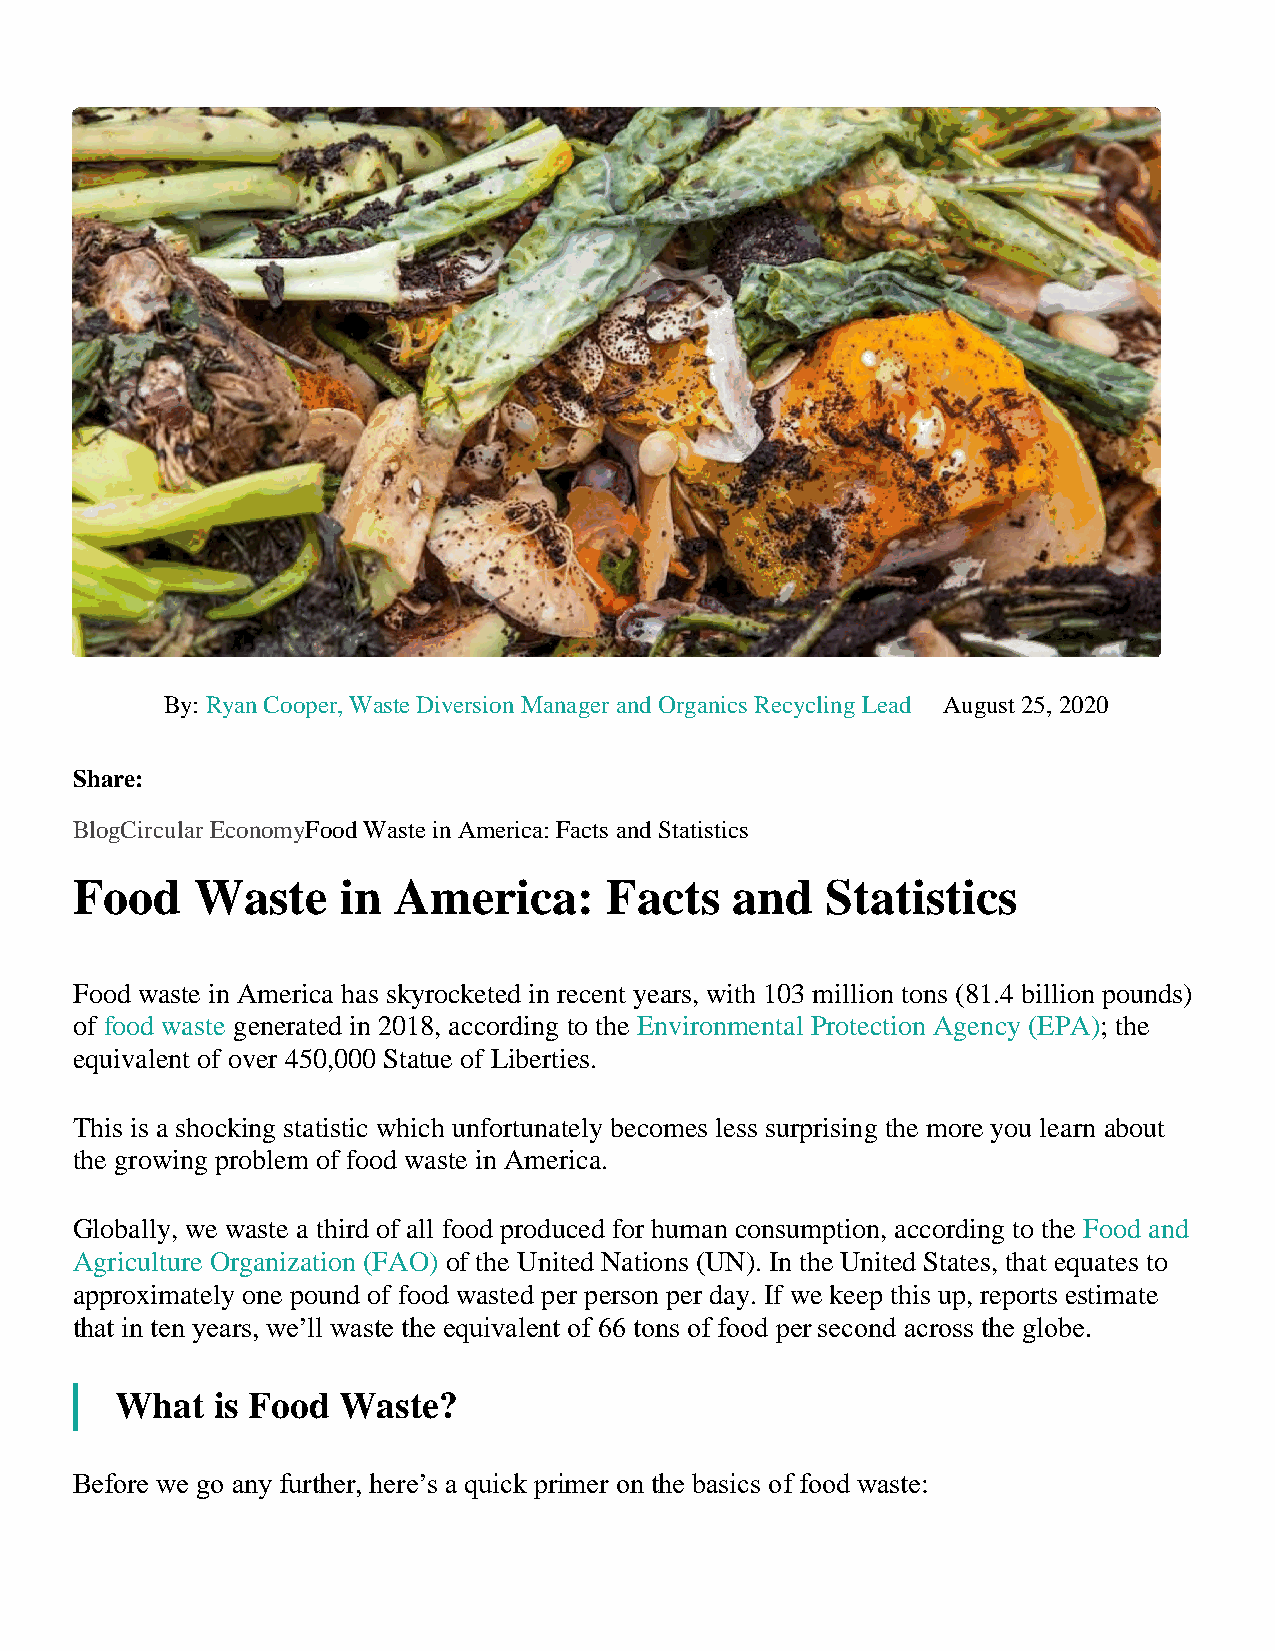
By: Ryan Cooper, Waste Diversion Manager and Organics Recycling Lead August 25, 2020
 Share:
 BlogCircular EconomyFood Waste in America: Facts and Statistics
 Food    Waste    in  America:      Facts    and   Statistics
 Food waste in America has skyrocketed in recent years, with 103 million tons (81.4 billion pounds)
 of food waste generated in 2018, according to the Environmental Protection Agency (EPA); the
 equivalent of over 450,000 Statue of Liberties.
 This is a shocking statistic which unfortunately becomes less surprising the more you learn about
 the growing problem of food waste in America.
 Globally, we waste a third of all food produced for human consumption, according to the Food and
 Agriculture Organization (FAO) of the United Nations (UN). In the United States, that equates to
 approximately one pound of food wasted per person per day. If we keep this up, reports estimate
 that in ten years, we’ll waste the equivalent of 66 tons of food per second across the globe.
 What  is Food Waste?
 Before we go any further, here’s a quick primer on the basics of food waste: